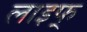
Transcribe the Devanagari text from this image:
लाइफ्